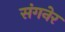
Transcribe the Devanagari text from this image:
संगनेर